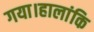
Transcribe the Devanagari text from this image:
गया।हालांकि